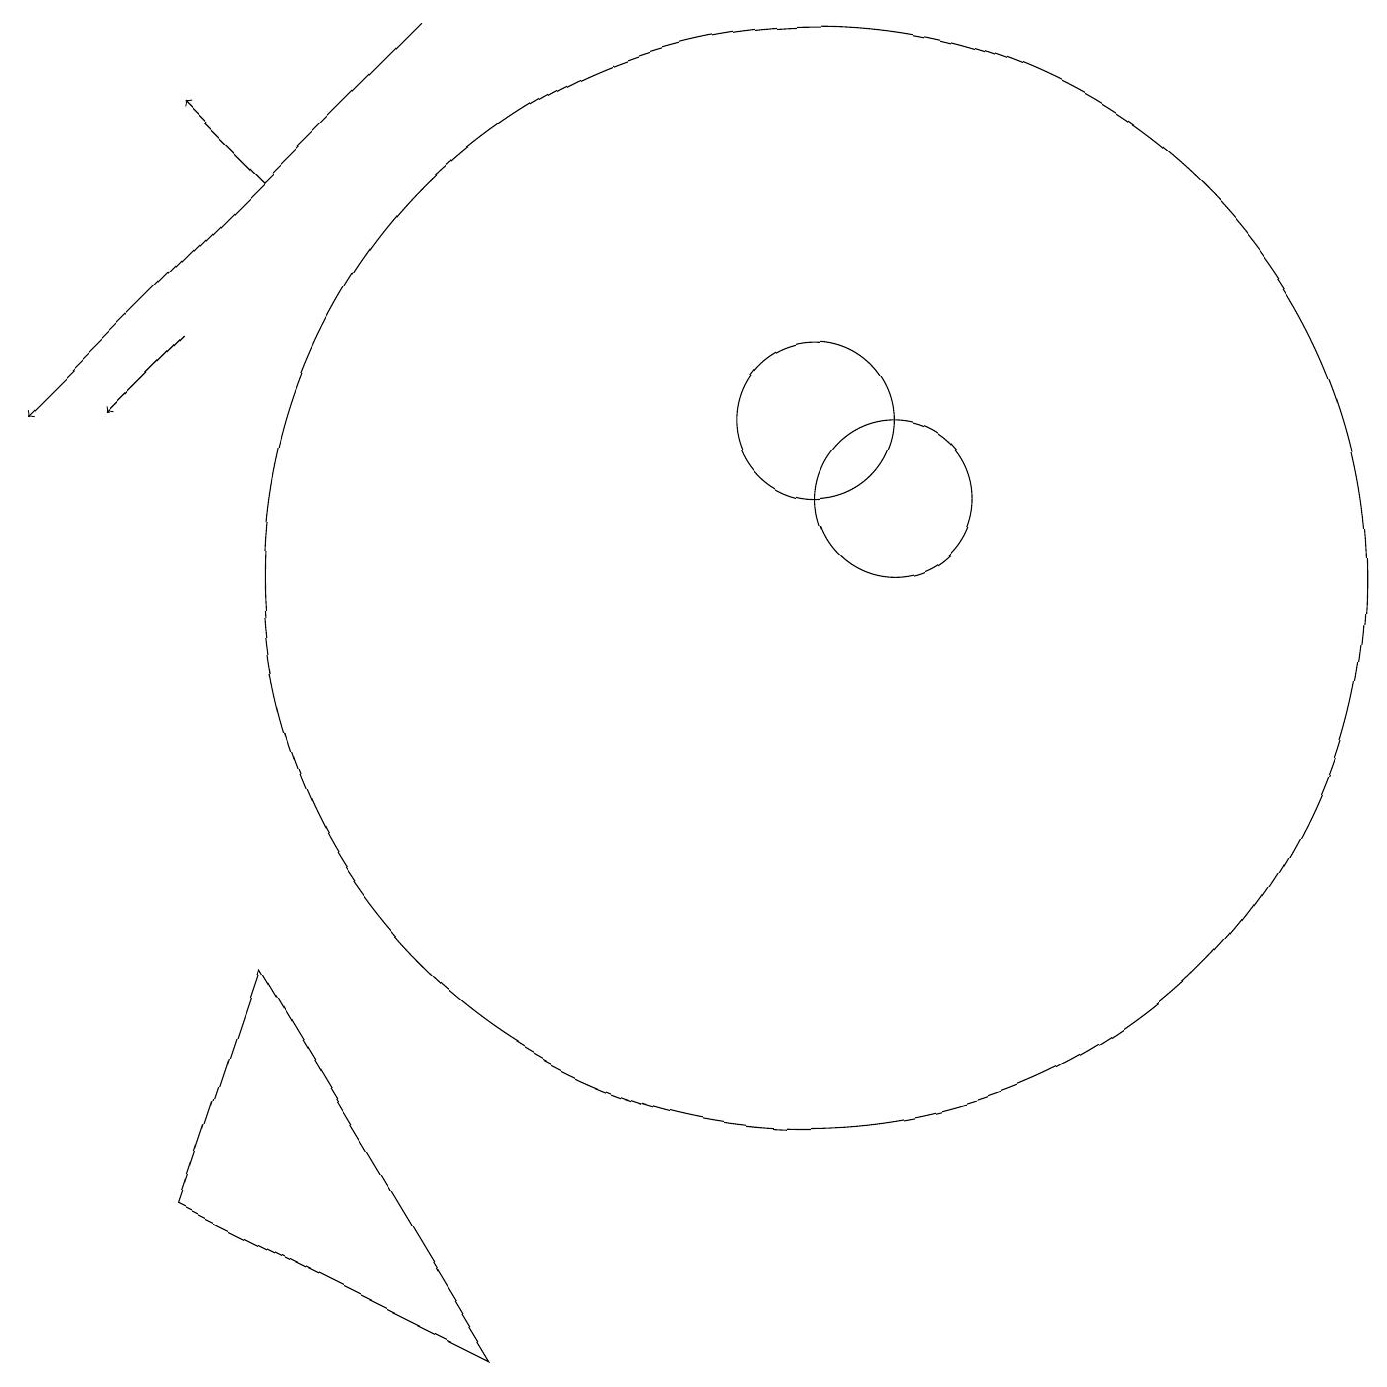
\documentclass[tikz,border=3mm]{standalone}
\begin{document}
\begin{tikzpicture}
\draw (10,10) circle (7);
\draw[->] (5,17) -- (0,12);
\draw (2,2) -- (6,0) -- (3,5) -- cycle;
\draw (11,11) circle (1);
\draw (10,12) circle (1);
\draw[->] (3,15) -- (2,16);
\draw[->] (2,13) -- (1,12);
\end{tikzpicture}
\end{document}